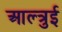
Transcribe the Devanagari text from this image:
आल्त्रुई